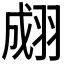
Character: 𦑆